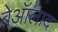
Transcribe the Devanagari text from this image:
बेऑलाद